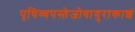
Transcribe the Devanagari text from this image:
पृथिव्यपस्तेजोवायुराकाशं